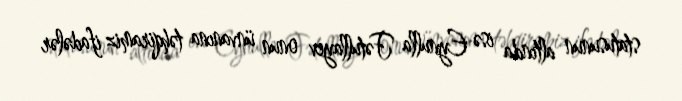
statusunun altında isə Eynulla Fətullayev onun ünvanına təhqiramiz ifadələr